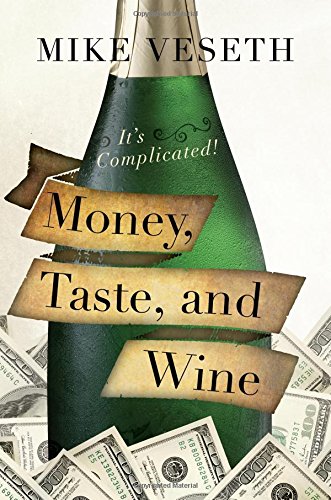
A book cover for Money, Taste, and Wine: It's Complicated!; Mike Veseth; Cookbooks, Food & Wine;